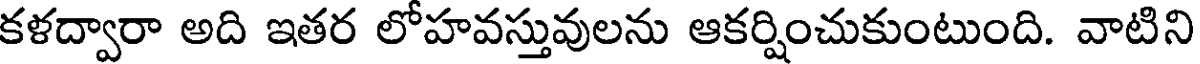
కళద్వారా అది ఇతర లోహవస్తువులను ఆకర్షించుకుంటుంది. వాటిని